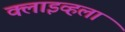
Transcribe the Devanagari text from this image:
क्लाइव्हला